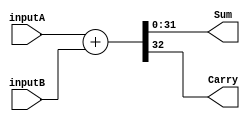
module adderPlus #(parameter N = 32 ) (inputA,inputB,Sum,Carry);
input [N-1:0] inputA, inputB;
output [N-1:0] Sum;
output Carry;

assign {Carry,Sum} = inputA + inputB;

endmodule